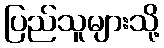
ပြည်သူများသို့